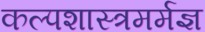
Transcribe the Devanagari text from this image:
कल्पशास्त्रमर्मज्ञ